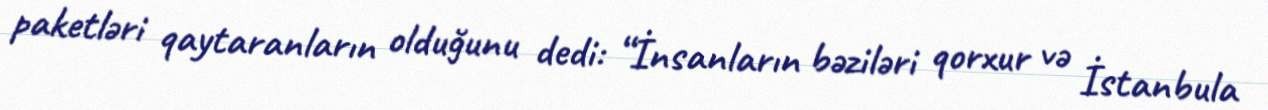
paketləri qaytaranların olduğunu dedi: “İnsanların bəziləri qorxur və İstanbula